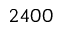
2 4 0 0